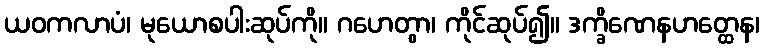
ယဝကလာပံ၊ မုယောစပါးဆုပ်ကို။ ဂဟေတွာ၊ ကိုင်ဆုပ်၍။ ဒက္ခိဏေနဟတ္ထေန၊